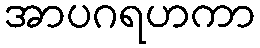
အာပဂရဟကာ